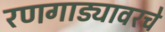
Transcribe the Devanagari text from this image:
रणगाड्यावरचे